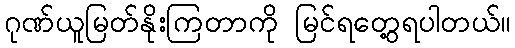
ဂုဏ်ယူမြတ်နိုးကြတာကို မြင်ရတွေ့ရပါတယ်။